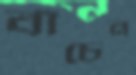
বাঁচেন